Annual administration and progress report of the Indian Medical Department, Bombay
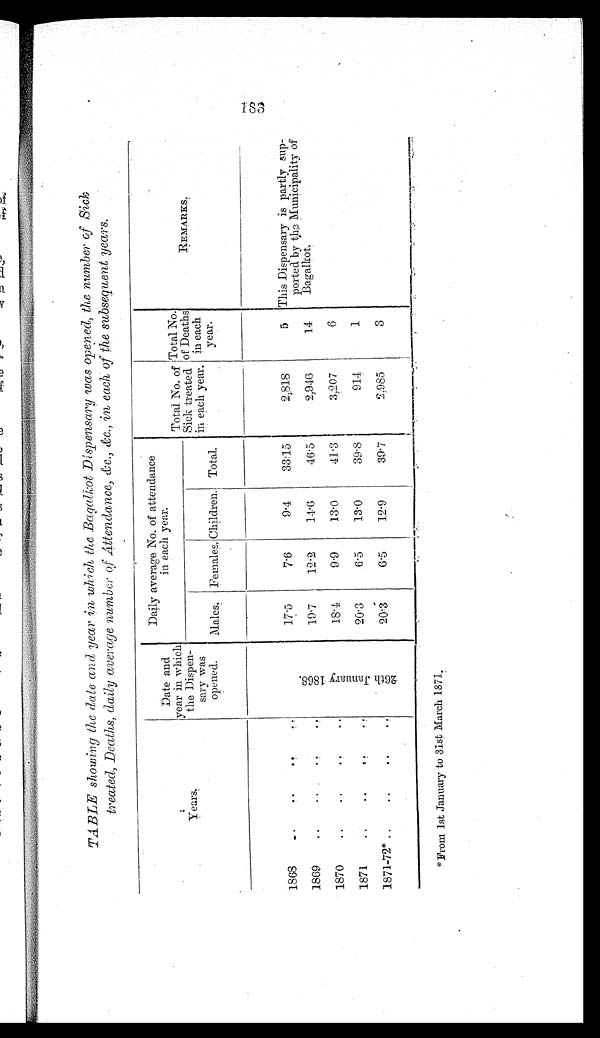
TABLE showing the date and year in which the Bagalkot Dispensary was opened, the number of Sick
treated, Deaths, daily average number of Attendance, &c., &c., in each of the subsequent years.
Years.
Date and
year in which
the Dispen-
sary was
opened.
Daily average No. of attendance
in each year.
Total No. of
Sick treated
in each year.
Total No.
of Deaths
in each
year.
REMARKS.
Males. Females. Children. Total.
1868
..
..
..
. .
2 6 t h J a n u a r y 1 8 6 8 .
17.5
7.6
9.4
33.15
2,818
5 This Dispensary is partly- sup-
ported by the Municipality of
Bagalkot.
1869
..
. .
..
..
19.7
12.2
14.6
46.5
2,946
14
1870
..
..
..
..
18.4
9.9
13.0
41.3
3,207
6
1871
..
..
. .
. .
20.3
6.5
13.0
39.8
914
1
1871-72* ..
..
..
. .
20.3
6.5
12.9
39.7
2,985
3
*From 1st January to 31st March 1871.
183